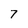
Character: 7